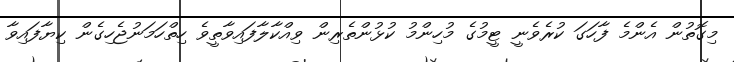
މިގޮތުން އެންމެ ފާހަގަ ކުރެވެނީ ޓީމުގެ މުހިންމު ކުޅުންތެރިން ވިއްކާލާފައިވާތީވެ ހިތްހަމަނުޖެހިގެން ކިޔާފައިވާ